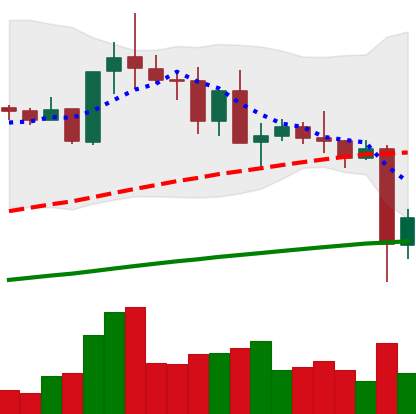
Ticker: TRX-USD
Chart end date: 2021-05-20
Forward return: -13.746%
Label: down_7plus